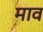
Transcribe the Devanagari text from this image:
माव